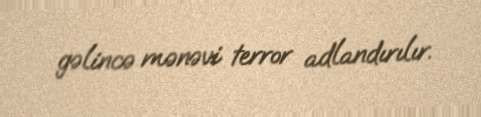
gəlincə mənəvi terror adlandırılır.